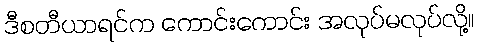
ဒီစတီယာရင်က ကောင်းကောင်း အလုပ်မလုပ်လို့။